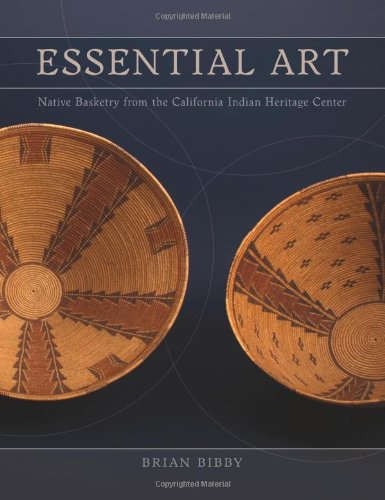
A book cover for Essential Art: Native Basketry from the California Indian Heritage Center; Brian Bibby; Crafts, Hobbies & Home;